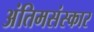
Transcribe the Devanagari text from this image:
अंतिमसंस्कार